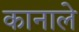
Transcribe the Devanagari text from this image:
कानाले